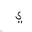
Letter: _ya